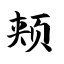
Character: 颊